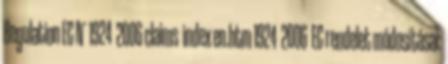
Regulation EC N° 1924 2006 claims index en.htm 1924 2006 EC rendelet módosításai: